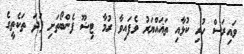
ވައިރަސް ހުރި ކުޅާއި ތަޣައްޔަރު ވެފައިވާ ރުމާ ޓިޝޫ ފެންބޯތަށި ފަދަ ތަކެތީގެ